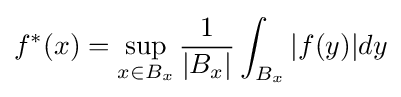
f^{*}(x)=\sup _{x\in B_{x}}{\frac {1}{|B_{x}|}}\int _{B_{x}}|f(y)|dy